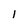
Character: 1